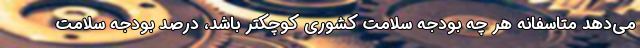
می‌دهد متاسفانه هر چه بودجه سلامت کشوری کوچکتر باشد، درصد بودجه سلامت